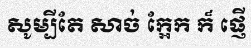
សូម្បីតែ សាច់ ក្អែក ក៏ ផ្ញើ